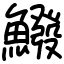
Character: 鱍